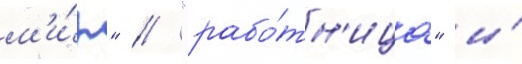
м'и́р" / "рабо́тн'ица" и́